Burma Government Medical School reports 1923-41
Year: 1923
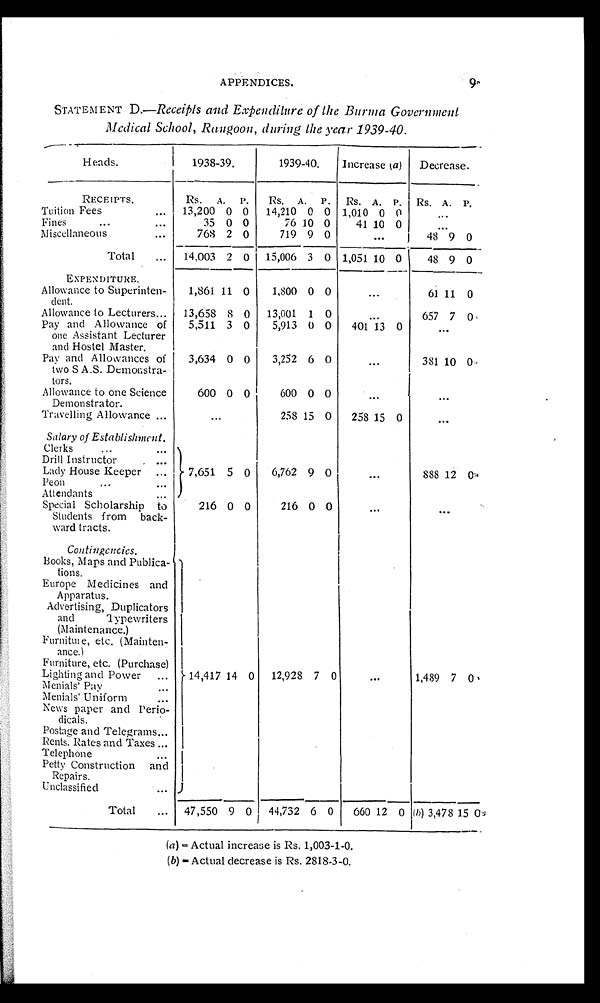
APPENDICES.
9
STATEMENT D.—Receipts and Expenditure of the Burma Government
Medical School, Rangoon, during the year 1939-40.
Heads.
1938-39.
1939-40. Increase (a ) Decrease.
RECEIPTS.
Rs.
A.
P. Rs.
A .
P. Rs. A. P. Rs. A.
P.
Tuition Fees
13,200 0 0 14,210 0 0 1,010 0 0
Fines
35 0 0
76 10 0
41 10 0
Miscellaneous
768 2 0
719 9 0
48 9 0
Total
14,003 2 0 15,006 3 0 1,051 10 0
48 9 0
EXPENDITURE.
Allowance to Superinten-
dent.
1,861 11 0 1,800 0 0
61 11 0
Allowance to Lecturers
13,658 8 0 13,001 1 0
657 7 0
Pay and Allowance of
one Assistant Lecturer
and Hostel Master.
5,511 3 0 5,913 0 0 401 13 0
Pay and Allowances of
two S A.S. Demonstra-
tors.
3,634 0 0 3,252 6 0
381 10 0
Allowance to one Science
600 0 0
600 0 0
Demonstrator.
Travelling Allowance
258 15 0 258 15 0
Salary of Establishment.
C l e r k s .
Drill Instructor
Lady House Keeper
7,651 5 0 6,762 9 0
888 12 0
Peon
Attendants
Special Scholarship to
216 0 0
216 0 0
Students from back-
ward tracts.
Contingencies.
Books, Maps and Publica-
tions.
Europe Medicines and
Apparatus.
Advertising, Duplicators
and Typewriters
(Maintenance.)
Furniture, etc. (Mainten-
ance.)
Furniture, etc. (Purchase)
Lighting and Power
14,417 14 0 12,928 7 0
1,489 7 0
Menials' Pay
Menials' Uniform
News paper and Perio-
dicals.
Postage and Telegrams
Rents, Rates and Taxes
Telephone
Petty Construction and
Repairs.
Unclassified
Total
47,550 9 0 44,732 6
0
660 12 0 (b) 3,478 15 0
(a) = Actual increase is Rs. 1,003-1-0.
(b ) = A c t u a l d e c r e a s e i s R s . 2 8 1 8 - 3 - 0 .